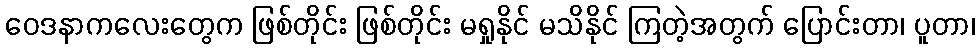
ဝေဒနာကလေးတွေက ဖြစ်တိုင်း ဖြစ်တိုင်း မရှုနိုင် မသိနိုင် ကြတဲ့အတွက် ပြောင်းတာ၊ ပူတာ၊